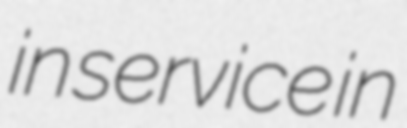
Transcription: in service in